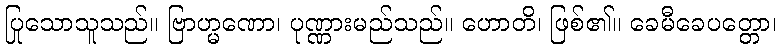
ပြုသောသူသည်။ ဗြာဟ္မဏော၊ ပုဏ္ဏားမည်သည်။ ဟောတိ၊ ဖြစ်၏။ ခေမီခေပတ္တော၊